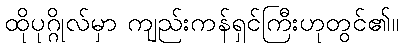
ထိုပုဂ္ဂိုလ်မှာ ကျည်းကန်ရှင်ကြီးဟုတွင်၏။